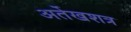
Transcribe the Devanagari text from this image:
अर्तेखशत्र